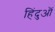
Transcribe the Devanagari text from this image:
हिंदुऒं